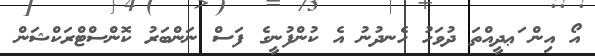
އޯ އިން ަޢދީއްތަ ދުވަހު ހެނދުނު އެ ކުންފުނީގެ ފަސް ނަންބަރު ކޮންސްޓްރަކްޝަން